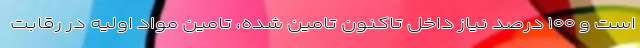
است و ۱۰۰ درصد نیاز داخل تاکنون تامین شده، تامین مواد اولیه در رقابت